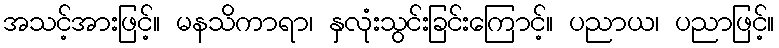
အသင့်အားဖြင့်။ မနသိကာရာ၊ နှလုံးသွင်းခြင်းကြောင့်။ ပညာယ၊ ပညာဖြင့်။